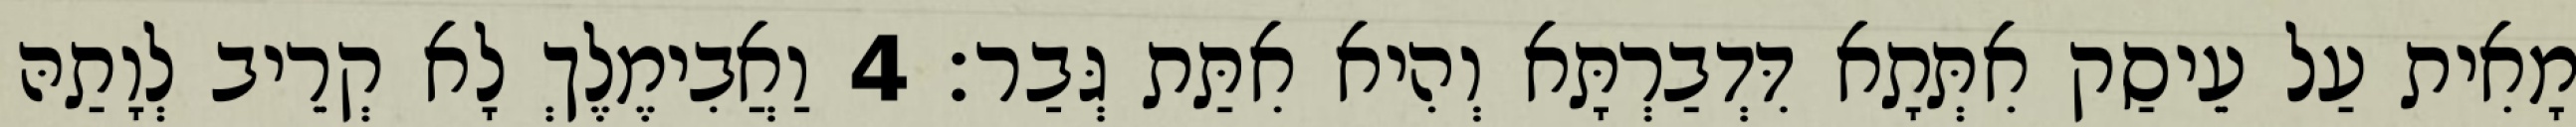
מָאִית עַל עֵיסַק אִתְּתָא דִּדְבַרְתָּא וְהִיא אִתַּת גְּבַר׃ 4 וַאֲבִימֶלֶךְ לָא קְרֵיב לְוָתַהּ